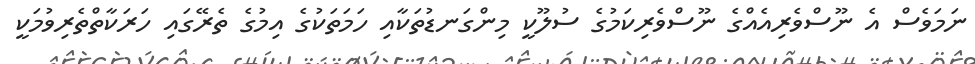
ނަމަވެސް އެ ނޫސްވެރިއެއްގެ ނޫސްވެރިކަމުގެ ސުލޫކީ މިންގަނޑުތަކާއި ހަމަތަކުގެ އިިމުގެ ތެރޭގައިި ހަރަކާތްތެރިވުމަކީ